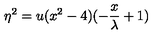
\eta ^ { 2 } = u ( x ^ { 2 } - 4 ) ( - \frac { x } { \lambda } + 1 )